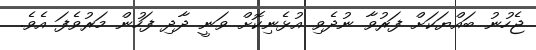
ޖެހުނު ބައްޔަކަށް ފަރުވާ ނުދެވި އުޅެނިކޮށް ވަނީ ދާދި ފަހުން މަރުވެފަ އެވެ.